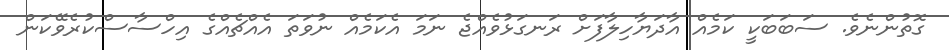
ގޮތުންނެވެ. ސަބަބަކީ ކަމެއް އާދަޔާހިލާފަށް ރަނގަޅުވެއްޖެ ނަމަ އެކަމެއް ނުވަތަ އެއްޗެއްގެ އިހްސާސްކުރެވޭކަން